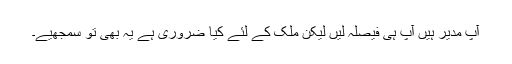
آپ مدیر ہیں آپ ہی فیصلہ لیں لیکن ملک کے لئے کیا ضروری ہے یہ بھی تو سمجھیے۔